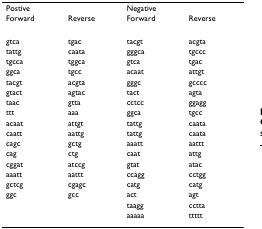
<table><thead><tr><td colspan="2"><b>Postive</b></td><td colspan="2"><b>Negative</b></td></tr><tr><td><b>Forward</b></td><td><b>Reverse</b></td><td><b>Forward</b></td><td><b>Reverse</b></td></tr></thead><tbody><tr><td>gtca</td><td>tgac</td><td>tacgt</td><td>acgta</td></tr><tr><td>tattg</td><td>caata</td><td>gggca</td><td>tgccc</td></tr><tr><td>tgcca</td><td>tggca</td><td>gtca</td><td>tgac</td></tr><tr><td>ggca</td><td>tgcc</td><td>acaat</td><td>attgt</td></tr><tr><td>tacgt</td><td>acgta</td><td>gggc</td><td>gcccc</td></tr><tr><td>gtact</td><td>agtac</td><td>tact</td><td>agta</td></tr><tr><td>taac</td><td>gtta</td><td>cctcc</td><td>ggagg</td></tr><tr><td>ttt</td><td>aaa</td><td>ggca</td><td>tgcc</td></tr><tr><td>acaat</td><td>attgt</td><td>tattg</td><td>caata</td></tr><tr><td>caatt</td><td>aattg</td><td>tattg</td><td>caata</td></tr><tr><td>cagc</td><td>gctg</td><td>aaatt</td><td>aattt</td></tr><tr><td>cag</td><td>ctg</td><td>caat</td><td>attg</td></tr><tr><td>cggat</td><td>atccg</td><td>gtat</td><td>atac</td></tr><tr><td>aaatt</td><td>aattt</td><td>ccagg</td><td>cctgg</td></tr><tr><td>gctcg</td><td>cgagc</td><td>catg</td><td>catg</td></tr><tr><td>ggc</td><td>gcc</td><td>act</td><td>agt</td></tr><tr><td></td><td></td><td>taagg</td><td>cctta</td></tr><tr><td></td><td></td><td>aaaaa</td><td>ttttt</td></tr></tbody></table>